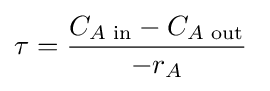
\tau ={\frac {C_{A{\text{ in}}}-C_{A{\text{ out}}}}{-r_{A}}}\